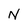
Character: N